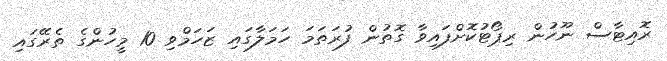
ރޮއިޓާސް ނޫހުން ރިޕޯޓުކޮށްފައިވާ ގޮތުން ފުރަތަމަ ހަމަލާގައި ޒަހަމްވި 10 މީހުންގެ ތެރޭގައި